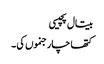
بیتال پچیسی
کتھا چار جنموں کی ۔